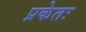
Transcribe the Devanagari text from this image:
प्रकेतः